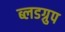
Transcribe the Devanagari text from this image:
ब्लडग्रुप